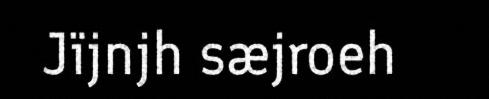
Jïjnjh sæjroeh